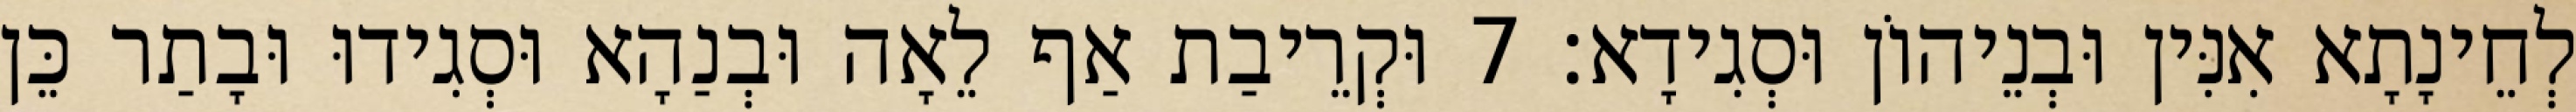
לְחֵינָתָא אִנִּין וּבְנֵיהוֹן וּסְגִידָא׃ 7 וּקְרֵיבַת אַף לֵאָה וּבְנַהָא וּסְגִידוּ וּבָתַר כֵּן